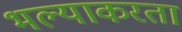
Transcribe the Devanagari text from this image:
भल्याकरता